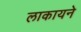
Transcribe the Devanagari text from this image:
लाकायने